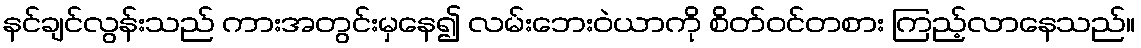
နင်ချင်လွန်းသည် ကားအတွင်းမှနေ၍ လမ်းဘေးဝဲယာကို စိတ်ဝင်တစား ကြည့်လာနေသည်။